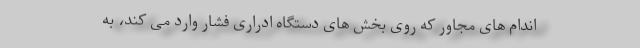
اندام های مجاور که روی بخش های دستگاه ادراری فشار وارد می کند، به